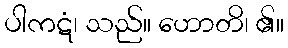
ပါကဋံ၊ သည်။ ဟောတိ၊ ၏။